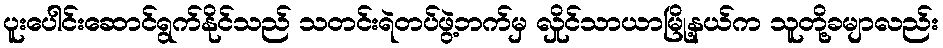
ပူးပေါင်းဆောင်ရွက်နိုင်သည် သတင်းရဲတပ်ဖွဲ့ဘက်မှ လှိုင်သာယာမြို့နယ်က သူတို့ခမျာလည်း